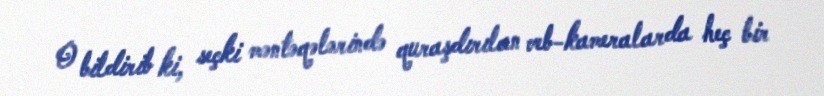
O bildirib ki, seçki məntəqələrində quraşdırılan veb-kameralarda heç bir